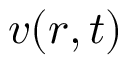
\boldsymbol { v } ( \boldsymbol { r } , t )